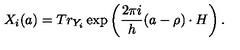
X _ { i } ( a ) = T r _ { Y _ { i } } \exp \left( \frac { 2 \pi i } h ( a - \rho ) \cdot H \right) .